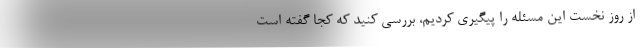
از روز نخست این مسئله را پیگیری کردیم، بررسی کنید که کجا گفته است